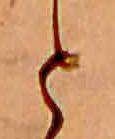
と